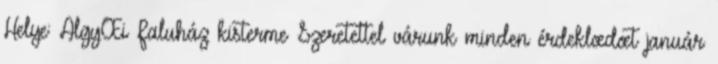
Helye: AlgyŒi Faluház kisterme Szeretettel várunk minden érdeklœdœt január